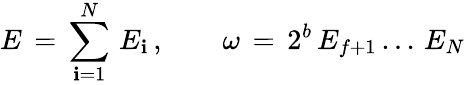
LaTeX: E\, =\, \sum_{\mathbf{i}=1}^{N}\, E_{\mathbf{i}}\, ,\qquad\omega\, =\, 2^{b}\, E_{f+1}\, ...\, E_{N}